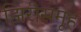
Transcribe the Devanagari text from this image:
झिरीसमूह